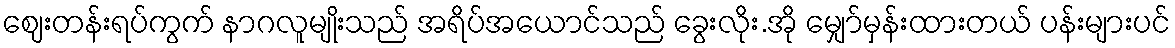
ဈေးတန်းရပ်ကွက် နာဂလူမျိုးသည် အရိပ်အယောင်သည် ခွေးလိုး.အို မျှော်မှန်းထားတယ် ပန်းများပင်